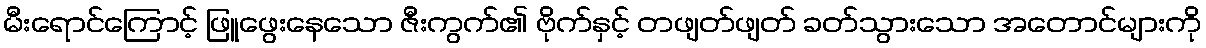
မီးရောင်ကြောင့် ဖြူဖွေးနေသော ဇီးကွက်၏ ဗိုက်နှင့် တဖျတ်ဖျတ် ခတ်သွားသော အတောင်များကို